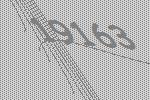
19163